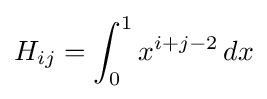
H_{ij}=\int _{0}^{1}x^{i+j-2}\,dx